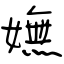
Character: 嫵